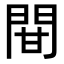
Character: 𨳼